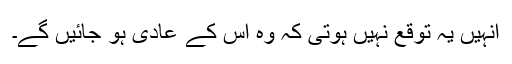
انہیں یہ توقع نہیں ہوتی کہ وہ اس کے عادی ہو جائیں گے۔